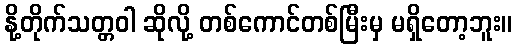
နို့တိုက်သတ္တဝါ ဆိုလို့ တစ်ကောင်တစ်မြီးမှ မရှိတော့ဘူး။